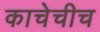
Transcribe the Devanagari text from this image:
काचेचीच